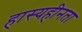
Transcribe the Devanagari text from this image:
हास्यहीनता